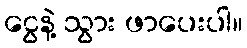
ငွေနဲ့ သွား ဖာပေးပါ။